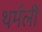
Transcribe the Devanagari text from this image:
थर्मली